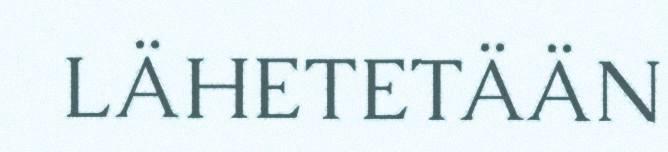
LÄHETETÄÄN